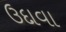
ઉદાવા